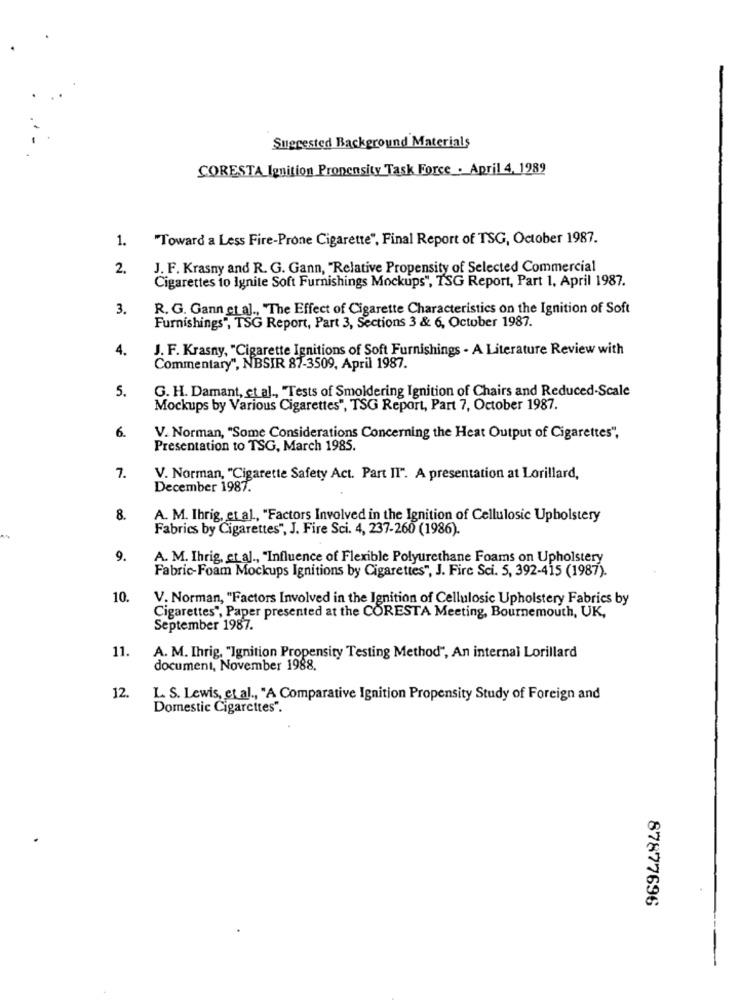
Suggested Background Materials
CORESTA Ignition Propensity Task Force . April 4, 1989
1.
"Toward a Less Fire-Prone Cigarette", Final Report of TSG, October 1987.
2.
J. F. Krasny and R. G. Gann, "Relative Propensity of Selected Commercial
Cigarettes to Ignite Soft Furnishings Mockups", TSG Report, Part 1. April 1987.
3.
R. G. Gann et al ., "The Effect of Cigarette Characteristics on the Ignition of Soft
Furnishings", TSG Report, Part 3, Sections 3 & 6, October 1987.
4.
J. F. Krasny, "Cigarette Ignitions of Soft Furnishings - A Literature Review with
Commentary", NBSIR 87-3509, April 1987.
5.
G. H. Damant, et al ., "Tests of Smoldering Ignition of Chairs and Reduced-Scale
Mockups by Various Cigarettes", TSG Report, Part 7, October 1987.
6.
V. Norman, "Some Considerations Concerning the Heat Output of Cigarettes",
Presentation to TSG, March 1985.
7.
V. Norman, "Cigarette Safety Act. Part II". A presentation at Lorillard,
December 1987.
8.
A. M. Ihrig, et al ., "Factors Involved in the Ignition of Cellulosic Upholstery
Fabrics by Cigarettes", J. Fire Sci. 4, 237-260 (1986).
9.
A. M. Ihrig, et al ., "Influence of Flexible Polyurethane Foams on Upholstery
Fabric-Foam Mockups Ignitions by Cigarettes", J. Fire Sci. 5, 392-415 (1987).
10.
V. Norman, "Factors Involved in the Ignition of Cellulosic Upholstery Fabrics by
Cigarettes", Paper presented at the CORESTA Meeting, Bournemouth, UK,
September 1987.
11.
A. M. Ihrig, "Ignition Propensity Testing Method", An internal Lorillard
document, November 1988.
12.
L. S. Lewis, et al ., "A Comparative Ignition Propensity Study of Foreign and
Domestic Cigarettes".
87877696